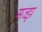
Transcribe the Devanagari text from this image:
मज्झ